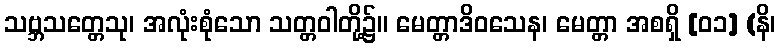
သဗ္ဘသတ္တေသု၊ အလုံးစုံသော သတ္တဝါတို့၌။ မေတ္တာဒိဝသေန၊ မေတ္တာ အစရှိ [၀၁] (နိ၊